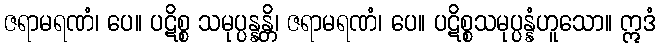
ဇရာမရဏံ၊ ပေ။ ပဋိစ္စ သမုပ္ပန္နန္တိ၊ ဇရာမရဏံ၊ ပေ။ ပဋိစ္စသမုပ္ပန္နံဟူသော။ ဣဒံ